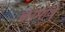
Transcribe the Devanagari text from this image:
कामोजे